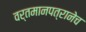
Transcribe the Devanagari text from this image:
वर्तमानपत्रानेच